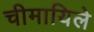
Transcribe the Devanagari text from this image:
चीमायिले